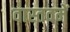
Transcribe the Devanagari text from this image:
वास्तवमें